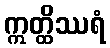
ဣတ္ထိဿရံ